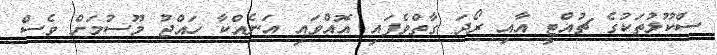
ސްކޫލުތަކުގެ ޗުއްޓީ އާއި ރޯދަ ގާތްވެފައި އޮއްވައި އަނެއްކާ ހައްޖު މޫސުމަށް ވެސް